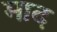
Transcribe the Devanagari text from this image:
माद